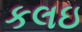
કલઇ